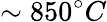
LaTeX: \sim 850^{\circ}C